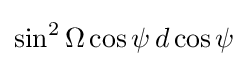
\sin ^{2}\Omega \cos \psi \,d\cos \psi